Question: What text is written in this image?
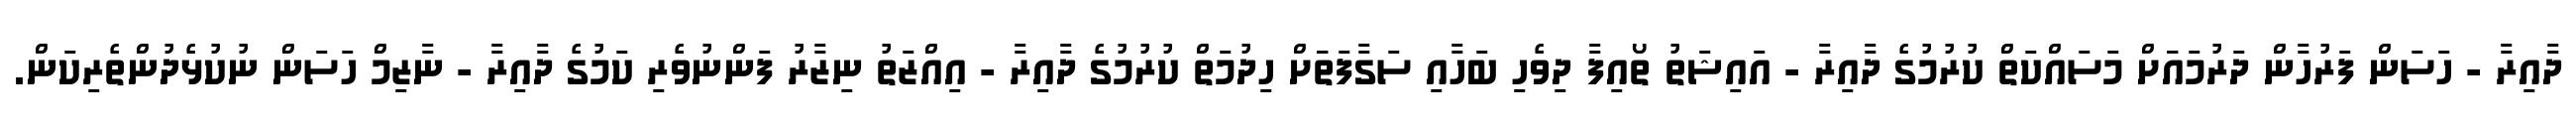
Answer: ދާއިރާ - ހަސަން ފަރުހާން ދަރުމައަަށް މަސައްކަތް ކުރުމުގެ ދާއިރާ - އައިޝަތު ތޯއިފާ ދިވެހި ބަހާއި ސަގާފަތަަށް ހިދުމަތް ކުރުމުގެ ދާއިރާ - އިއްޒަތު ނިޒާރު ފަންނުވެރި ކަމުގެ ދާއިރާ - ނާޒިމް ހަސަން ނުކުޅެދުންތެރިކަން.